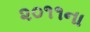
૨૦૧૧ના